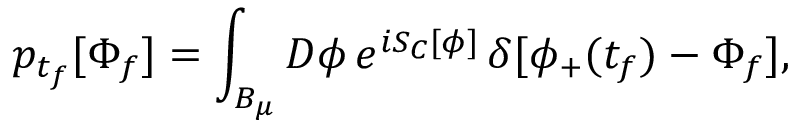
p _ { t _ { f } } [ \Phi _ { f } ] = \int _ { B _ { \mu } } { \cal D } \phi \, e ^ { i S _ { C } [ \phi ] } \, \delta [ \phi _ { + } ( t _ { f } ) - \Phi _ { f } ] ,